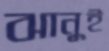
ঝানুই